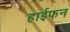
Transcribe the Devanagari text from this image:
हाईफन